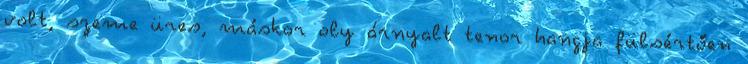
volt, szeme üres, máskor oly árnyalt tenor hangja fülsértően